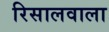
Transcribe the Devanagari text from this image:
रिसालवाला